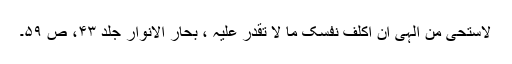
لاستحی من الہی ان اکلف نفسک ما لا تقدر علیہ ، بحار الانوار جلد ۴۳، ص ۵۹۔